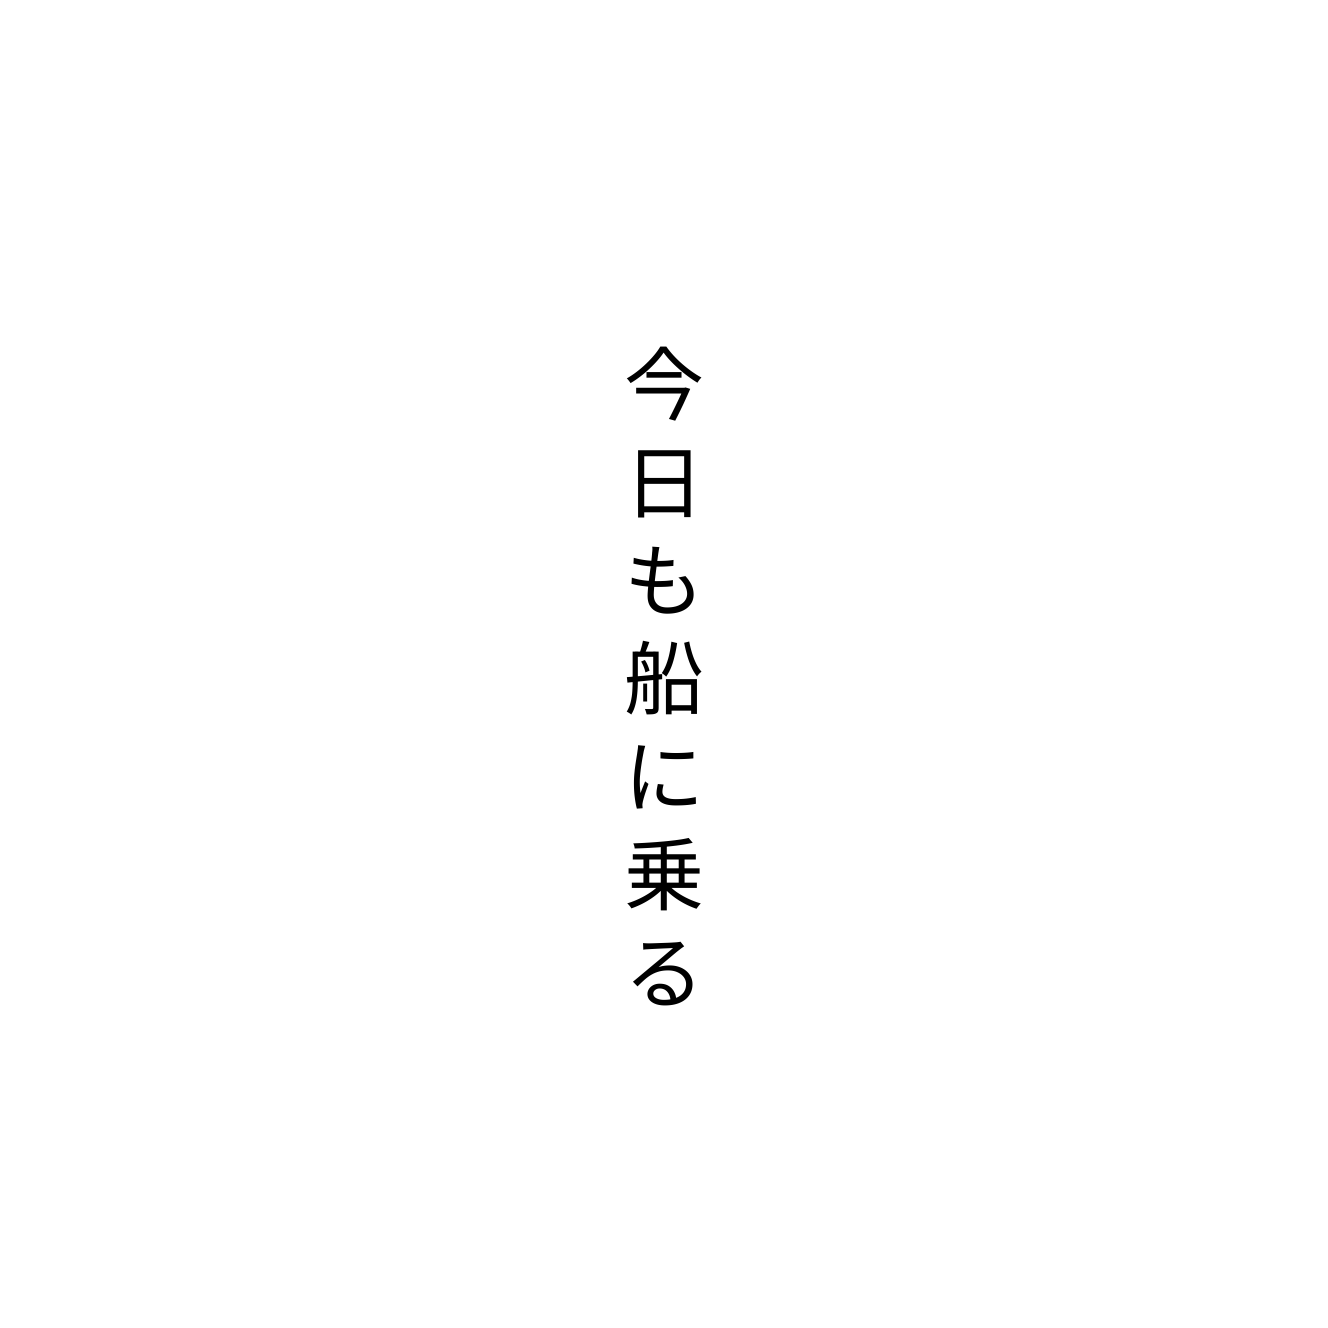
今日も船に乗る